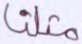
مثلنا